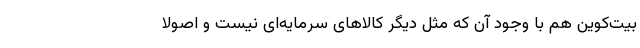
بیت‌کوین هم با وجود آن که مثل دیگر کالاهای سرمایه‌ای نیست و اصولا